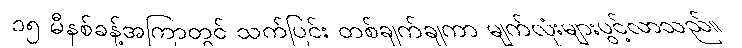
၁၅ မီနစ်ခန့်အကြာတွင် သက်ပြင်း တစ်ချက်ချကာ မျက်လုံးများပွင့်လာသည်။